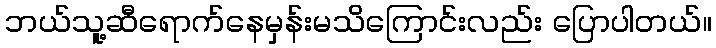
ဘယ်သူ့ဆီရောက်နေမှန်းမသိကြောင်းလည်း ပြောပါတယ်။